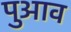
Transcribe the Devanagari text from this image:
पुआव